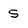
Character: 5